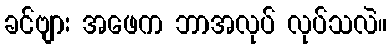
ခင်ဗျား အဖေက ဘာအလုပ် လုပ်သလဲ။